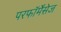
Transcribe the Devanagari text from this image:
परफॉर्मेंसेज